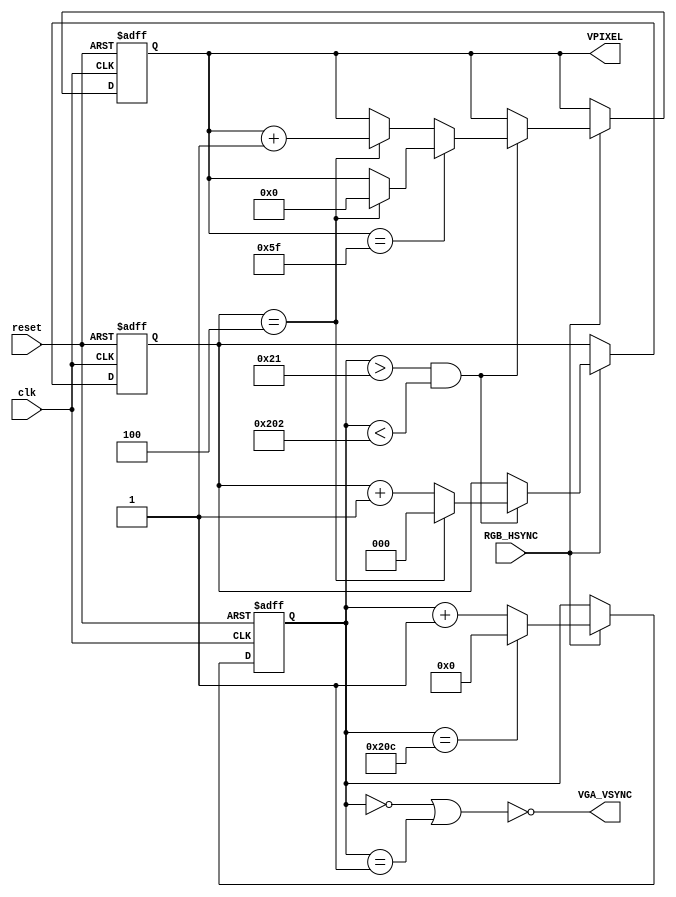
module vsync(clk, reset, RGB_HSYNC, VPIXEL, VGA_VSYNC);
/**
  * O = 833500 cycles (scanline)
  * P = 3200 cycles (pulse width)
  * Q = 46400 cycles (back porch)
  * R = 768000 cycles (display)
  * S = 16000 cycles (front porch)
  **/
input  clk, reset, RGB_HSYNC;
output [6:0] VPIXEL;
output VGA_VSYNC;

reg [6:0] VPIXEL;
reg [19:0] VSYNC_cnt;
reg [2:0] cnt;

always@(posedge clk or posedge reset)
begin
	if(reset)
	begin
		VPIXEL = 7'd0;
		VSYNC_cnt = 20'd0;
		cnt = 3'd0;
	end
	else if (RGB_HSYNC)
	begin
		if(VSYNC_cnt > 33 && VSYNC_cnt < 514)
		begin
			if(VPIXEL == 7'd95)
			begin
				if(cnt == 3'd4)
				begin
					VPIXEL = 7'd0;
					cnt = 3'd0;
				end
				else
					cnt = cnt + 1'b1;
			end
			else if(cnt == 3'd4)
				begin
					VPIXEL = VPIXEL + 1'b1;
					cnt = 3'd0;
				end
			else
				cnt = cnt + 1'b1;
		end

		if(VSYNC_cnt == 524)
			VSYNC_cnt = 20'd0;
		else 
			VSYNC_cnt = VSYNC_cnt+1;
	end
end

assign VGA_VSYNC = !((VSYNC_cnt == 0) || (VSYNC_cnt == 1));

endmodule